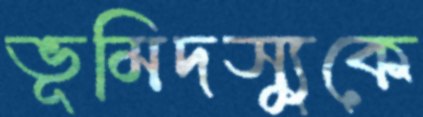
ভূমিদস্যুকে